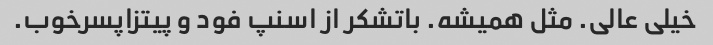
خیلی عالی. مثل همیشه. باتشکر از اسنپ فود و پیتزاپسرخوب.